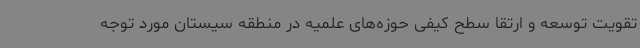
تقویت توسعه و ارتقا سطح کیفی حوزه‌های علمیه در منطقه سیستان مورد توجه